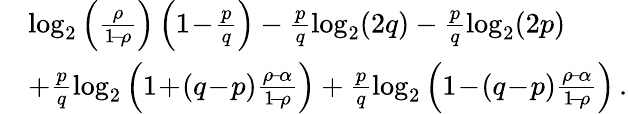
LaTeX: \begin{array}{rl}&{\log_{2}\left(\frac{\rho}{1\! -\! \rho}\right)\left(1\! -\! \frac{p}{q}\right)-\frac{p}{q}\log_{2}(2q)-\frac{p}{q}\log_{2}(2p)}\\ &{+\frac{p}{q}\log_{2}\left(1\! +\! (q\! -\! p)\frac{\rho\! -\! \alpha}{1\! -\! \rho}\right)+\frac{p}{q}\log_{2}\left(1\! -\! (q\! -\! p)\frac{\rho\! -\! \alpha}{1\! -\! \rho}\right)\, .}\end{array}